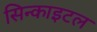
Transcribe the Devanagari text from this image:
सिन्काइटल